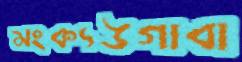
মংক্যউগাবা